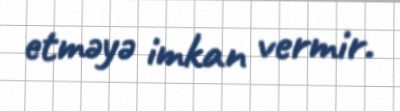
etməyə imkan vermir.